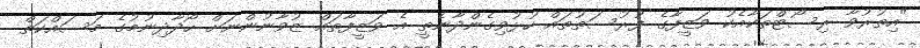
"އިތުރުވާ ރިސޯޓްތަކާއެކު ވަޒީފާގެ ފުރުސަތުތައް ހުޅުވިގެންދާނެތީ އެ ވަޒީފާތައް ޒުވާނުންނަށް ހޯދާދިނުމުގެ މަސައްކަތް